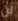
لن